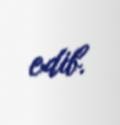
edib.